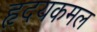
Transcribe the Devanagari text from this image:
हृदयकमल